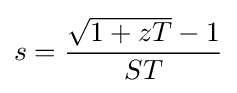
s={\frac {{\sqrt {1+zT}}-1}{ST}}